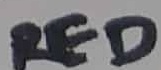
Text: RED